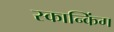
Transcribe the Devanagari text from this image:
स्कान्किंग